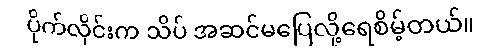
ပိုက်လိုင်းက သိပ် အဆင်မပြေလို့ရေစိမ့်တယ်။